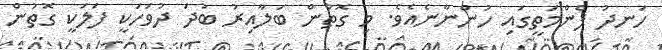
ހަނދު ފެންމަތީގައި ހުންނާނެއެވެ. މި ގޮތުން ބަލާއިރު ބުދަ ދުވަހަކީ ފަލަކީ ގޮތުން